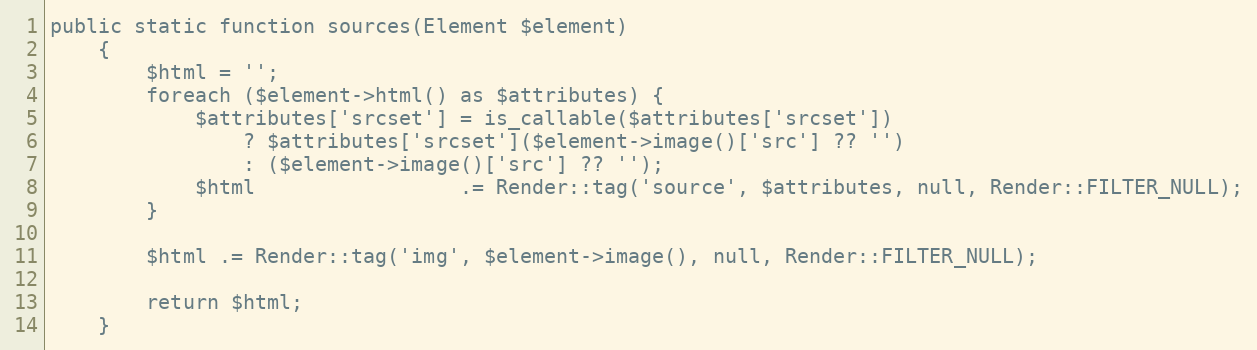
Language: PHP
public static function sources(Element $element)
    {
        $html = '';
        foreach ($element->html() as $attributes) {
            $attributes['srcset'] = is_callable($attributes['srcset'])
                ? $attributes['srcset']($element->image()['src'] ?? '')
                : ($element->image()['src'] ?? '');
            $html                 .= Render::tag('source', $attributes, null, Render::FILTER_NULL);
        }

        $html .= Render::tag('img', $element->image(), null, Render::FILTER_NULL);

        return $html;
    }